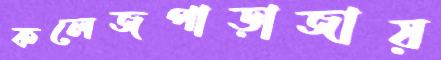
কলেজপাড়াজায়